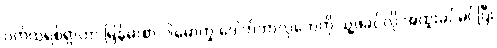
ပက်ထရစ်ရှာဟာ မြန်မာစာ ပါမောက္ခ ဒေါက်တာလှဘေကို သူ့ဖခင်လို အထူးခင်မင်ပြီး